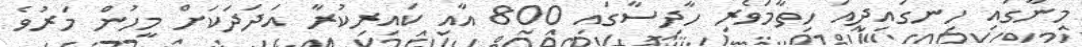
މިނާގައި ހިނގައިދިއަ ހިތާމަވެރި ހާދިސާގައި 800 އާއި ކައިރިކުރާ އަދަދަކަށް މީހުން މަރުވެ